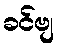
ခင်ဗျ